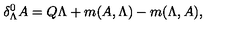
\delta _ { \Lambda } ^ { 0 } A = Q \Lambda + m ( A , \Lambda ) - m ( \Lambda , A ) ,